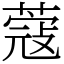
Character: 蔻